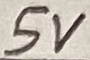
Text: 5V